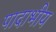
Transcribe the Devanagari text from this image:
पादाभीय